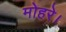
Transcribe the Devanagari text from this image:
मोहरे।